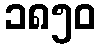
၁၈၅၀